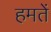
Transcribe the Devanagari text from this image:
हमतें